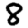
Digit: 8